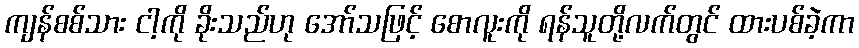
ကျန်စစ်သား ငါ့ကို ခိုးသည်ဟု အော်သဖြင့် စောလူးကို ရန်သူတို့လက်တွင် ထားပစ်ခဲ့ကာ